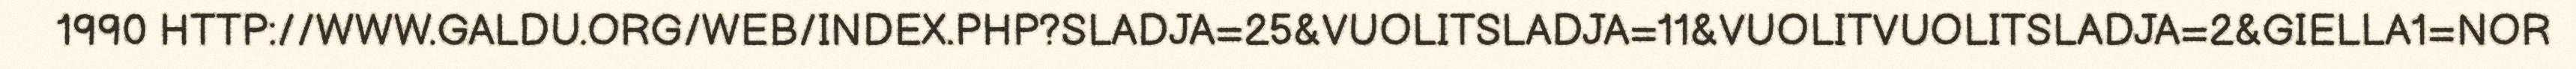
1990 HTTP://WWW.GALDU.ORG/WEB/INDEX.PHP?SLADJA=25&VUOLITSLADJA=11&VUOLITVUOLITSLADJA=2&GIELLA1=NOR